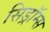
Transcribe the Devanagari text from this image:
सिड्रॉम्स